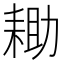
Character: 耡